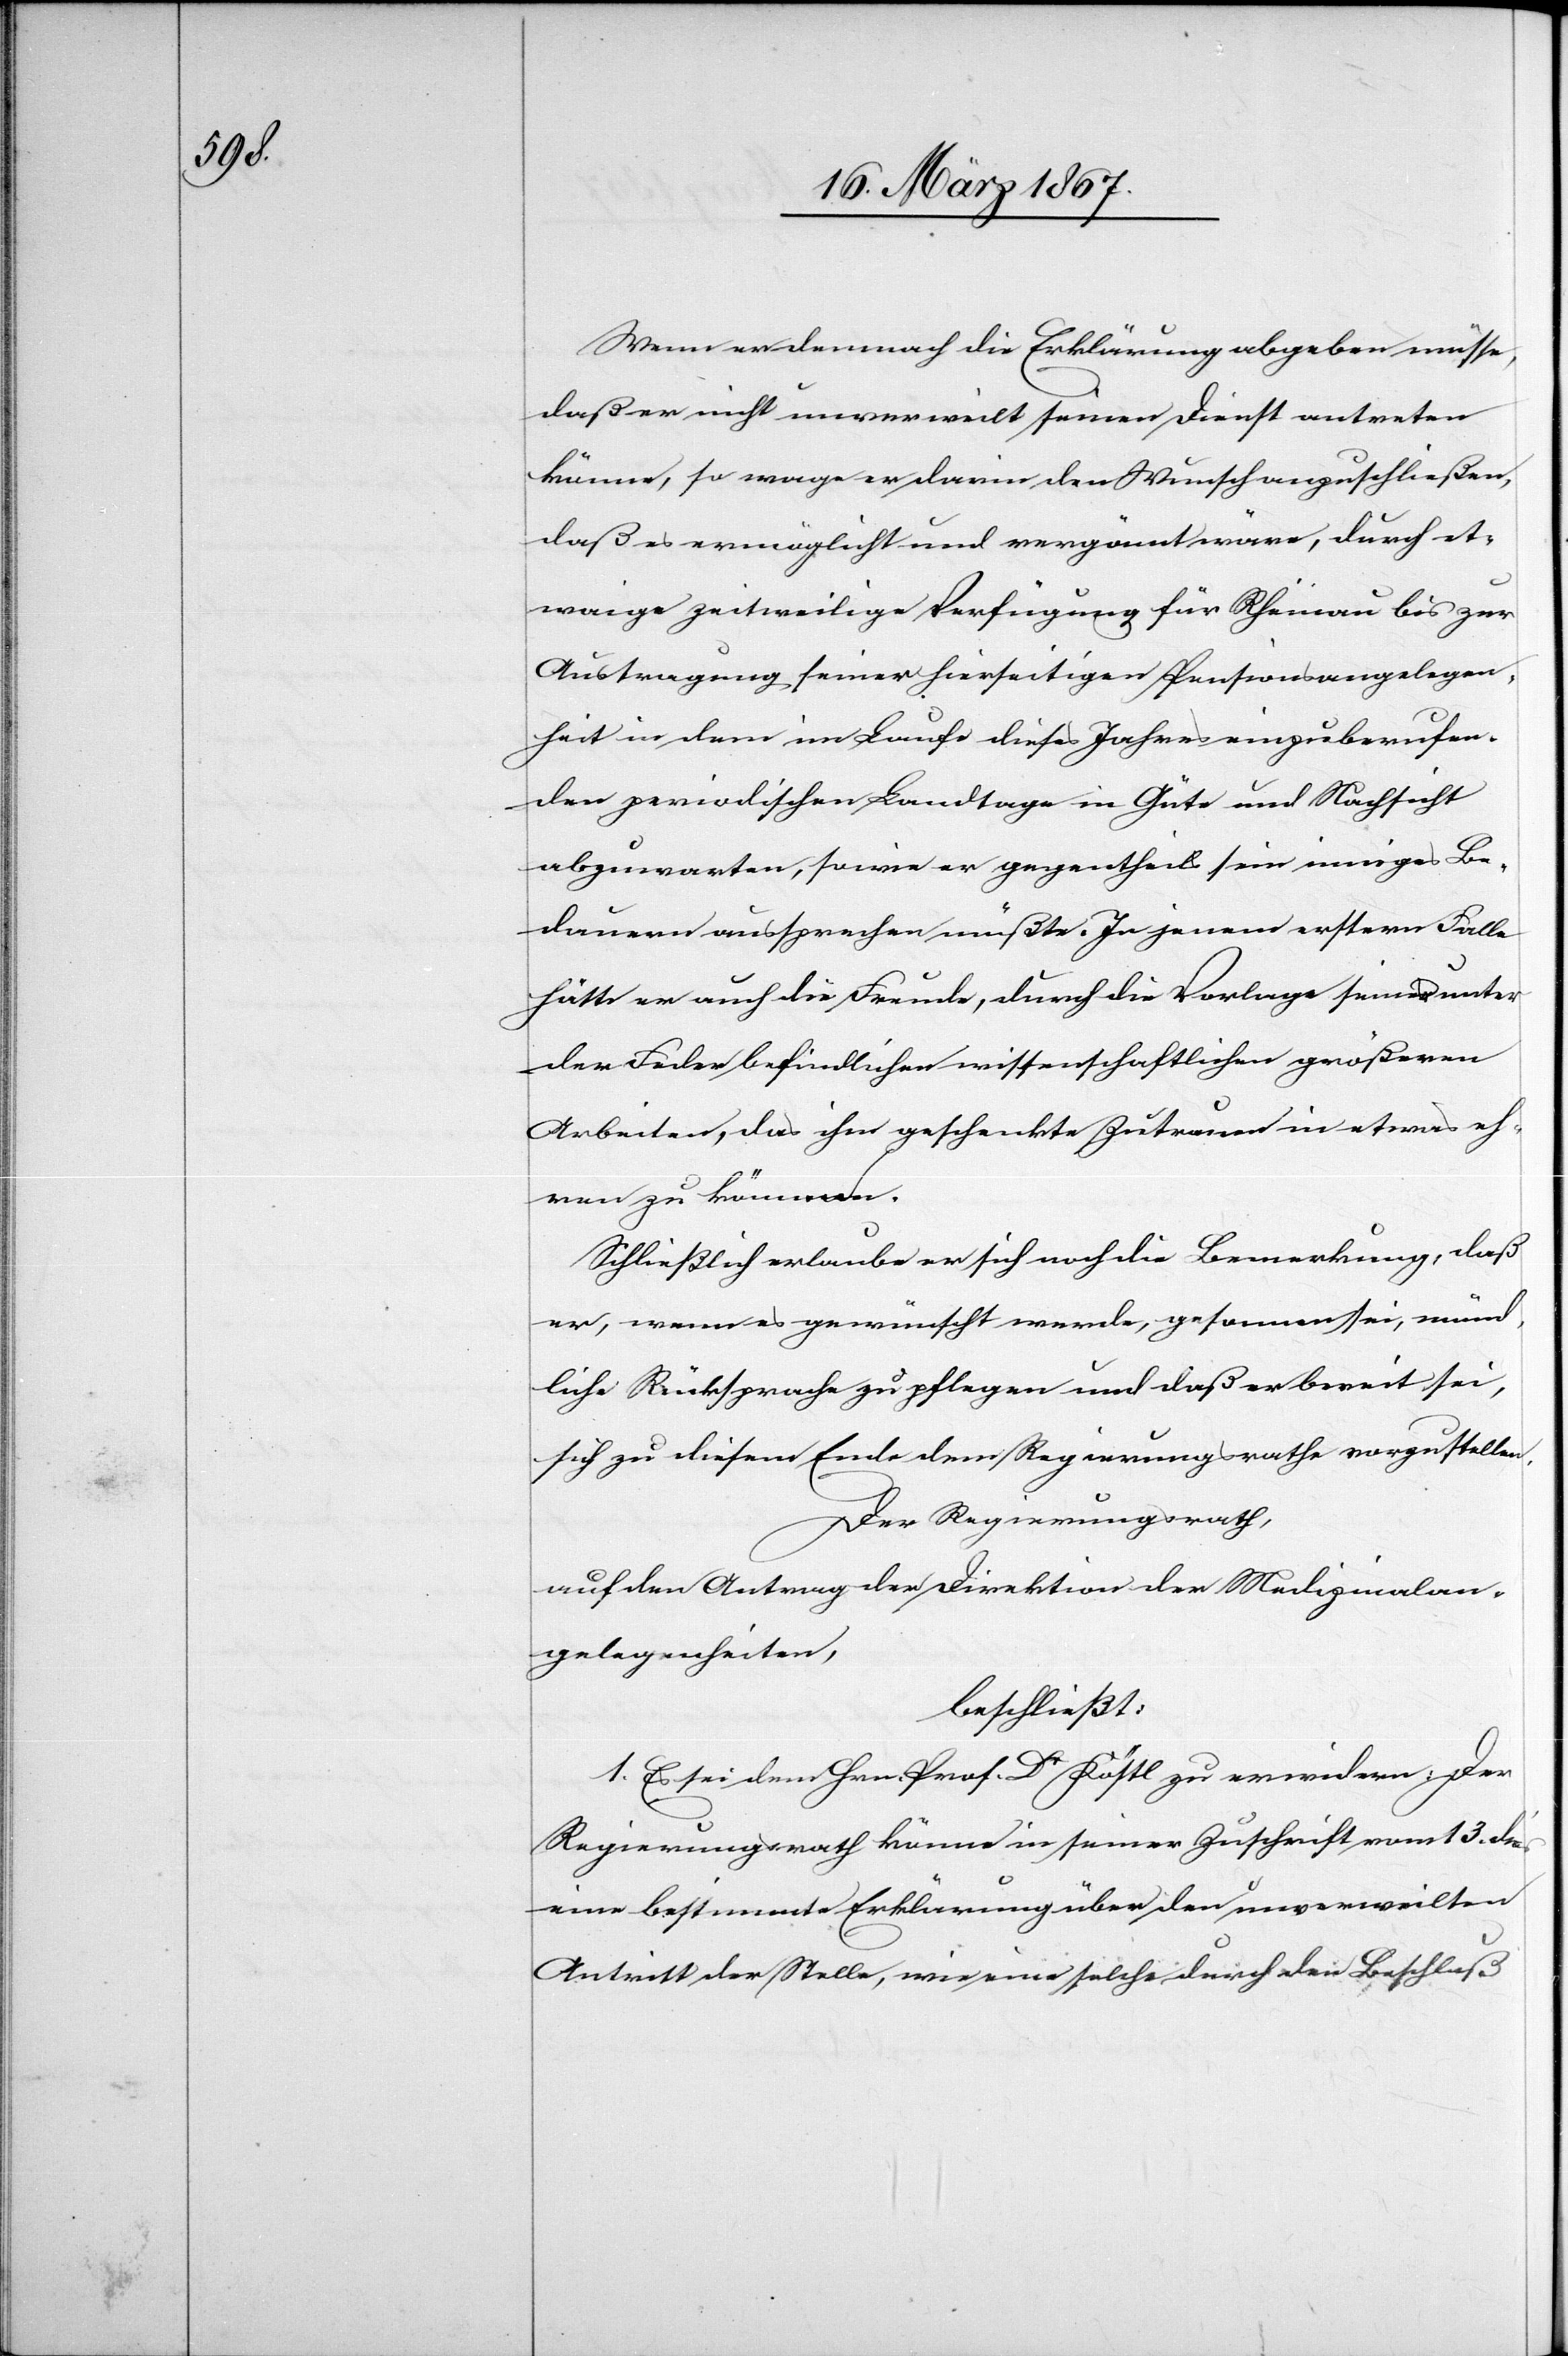
Wenn er demnach die Erklärung abgeben müsse,
daß er nicht unverweilt seinen Dienst antreten
könne, so wage er darin den Wunsch anzuschließen,
daß es ermöglicht und vergönnt wäre, durch et¬
waige zeitweilige Verfügung für Rheinau bis zur
Austragung seiner hierseitigen Pensionsangelegen¬
heit in dem im Laufe dieses Jahres einzuberufen¬
den periodischen Landtage in Güte und Nachsicht
abzuwarten, sowie er gegentheils sein inniges Be¬
dauern aussprechen müßte. In jenem erstern Falle
hätte er auch die Freude, durch die Vorlage seiner unter
der Feder befindlichen wissenschaftlichen größern
Arbeiten, das ihm geschenkte Zutrauen in etwas eh¬
ren zu können.
Schließlich erlaube er sich noch die Bemerkung, daß
er, wenn es gewünscht werde, gesonnen sei, münd¬
liche Rücksprache zu pflegen und daß er bereit sei,
sich zu diesem Ende dem Regierungsrathe vorzustellen.
Der Regierungsrath
auf den Antrag der Direktion der Medizinalan¬
gelegenheiten,
beschließt:
1. Es sei dem Hrn. Prof. Dr Köstl zu erwidern: Der
Regierungsrath könne in seiner Zuschrift vom 13. dies
eine bestimmte Erklärung über den unverweilten
Antritt der Stelle, wie eine solche durch den Beschluß